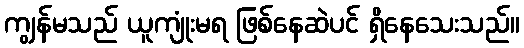
ကျွန်မသည် ယူကျုံးမရ ဖြစ်နေဆဲပင် ရှိနေသေးသည်။